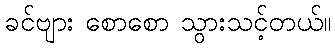
ခင်ဗျား စောစော သွားသင့်တယ်။